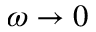
\omega \rightarrow 0